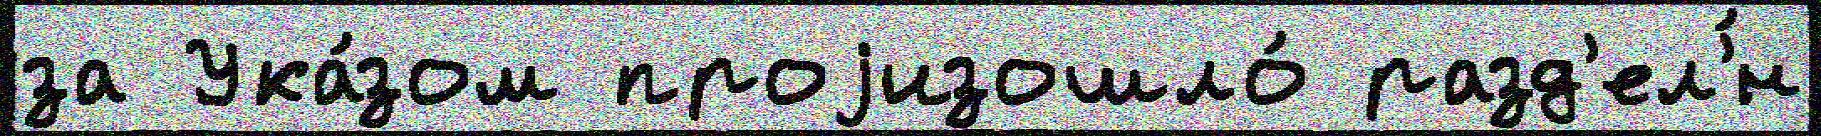
за Ука́зом проjизошло́ разд'ел'́н